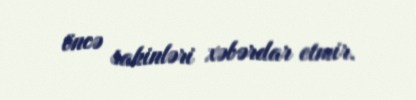
öncə sakinləri xəbərdar etmir.